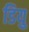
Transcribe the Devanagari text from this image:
डियु